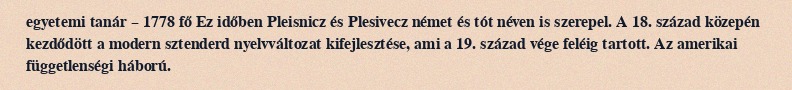
egyetemi tanár – 1778 fő Ez időben Pleisnicz és Plesivecz német és tót néven is szerepel. A 18. század közepén kezdődött a modern sztenderd nyelvváltozat kifejlesztése, ami a 19. század vége feléig tartott. Az amerikai függetlenségi háború.